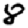
Digit: 8